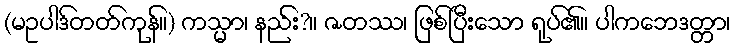
(မဥပါဒ်တတ်ကုန်။) ကသ္မာ၊ နည်း?။ ဇတဿ၊ ဖြစ်ပြီးသော ရုပ်၏။ ပါကဘေဒတ္တာ၊